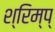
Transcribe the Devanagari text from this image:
श्रिम्प्